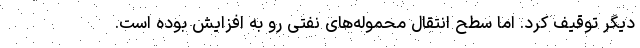
دیگر توقیف کرد. اما سطح انتقال محموله‌های نفتی رو به افزایش بوده است.